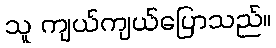
သူ ကျယ်ကျယ်ပြောသည်။